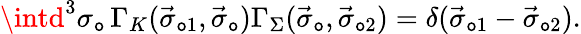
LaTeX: \intd^{3}\sigma_{\mathtt{o}}\, \Gamma_{K}(\vec{{\sigma}}_{\mathtt{o}1},\vec{{\sigma}}_{\mathtt{o}})\Gamma_{\Sigma}(\vec{{\sigma}}_{\mathtt{o}},\vec{{\sigma}}_{\mathtt{o}2})=\delta(\vec{{\sigma}}_{\mathtt{o}1}-\vec{{\sigma}}_{\mathtt{o}2}).